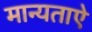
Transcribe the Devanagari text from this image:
मान्यताऐ